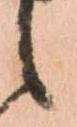
候